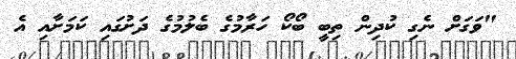
"ވަގަށް ނެގި ކުދިން ތިބީ ބޯކޯ ހަރާމުގެ ބެލުމުގެ ދަށުގައި ކަމަށާއި އެ